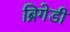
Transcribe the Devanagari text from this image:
ब्रिगेडी